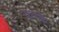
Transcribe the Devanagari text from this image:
क़रके